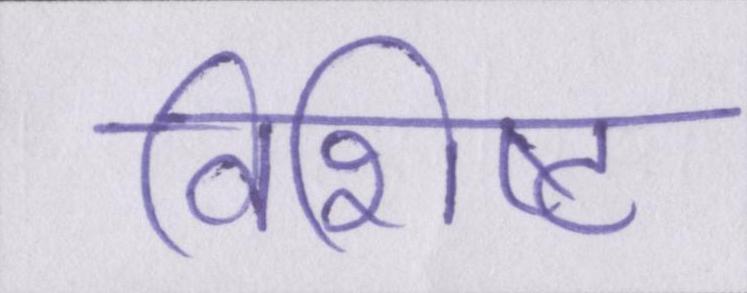
विशिष्ट